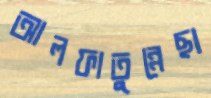
আলফাতুন্নেছা